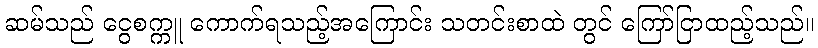
ဆမ်သည် ငွေစက္ကူ ကောက်ရသည့်အကြောင်း သတင်းစာထဲ တွင် ကြော်ငြာထည့်သည်။